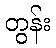
တွန်း